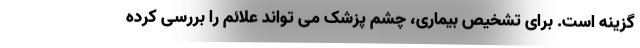
گزینه است. برای تشخیص بیماری، چشم پزشک می تواند علائم را بررسی کرده